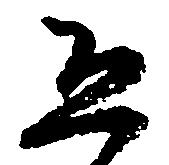
恐